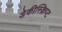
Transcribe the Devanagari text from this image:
डेकीस्क्रिप्ट